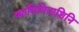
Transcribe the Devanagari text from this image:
व्याधिविनाशिनि